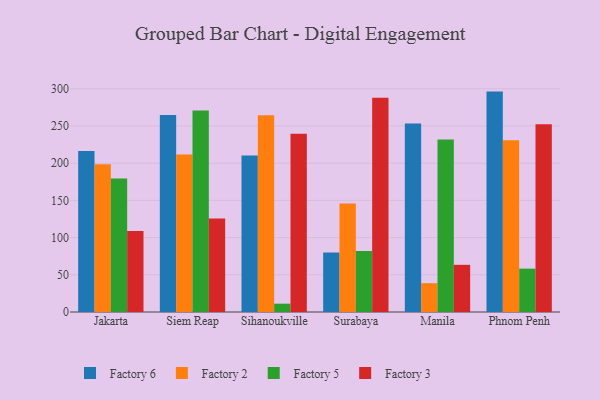
{"axis": {"x": "City", "y": "Energy Usage (MWh)"}, "legend": ["Factory 2", "Factory 3", "Factory 5", "Factory 6"], "data": [{"x": "Jakarta", "y": 216.4, "type": "Factory 6"}, {"x": "Jakarta", "y": 198.5, "type": "Factory 2"}, {"x": "Jakarta", "y": 179.4, "type": "Factory 5"}, {"x": "Jakarta", "y": 108.9, "type": "Factory 3"}, {"x": "Siem Reap", "y": 264.6, "type": "Factory 6"}, {"x": "Siem Reap", "y": 211.7, "type": "Factory 2"}, {"x": "Siem Reap", "y": 270.7, "type": "Factory 5"}, {"x": "Siem Reap", "y": 125.7, "type": "Factory 3"}, {"x": "Sihanoukville", "y": 210.3, "type": "Factory 6"}, {"x": "Sihanoukville", "y": 264.4, "type": "Factory 2"}, {"x": "Sihanoukville", "y": 11.2, "type": "Factory 5"}, {"x": "Sihanoukville", "y": 239.5, "type": "Factory 3"}, {"x": "Surabaya", "y": 79.9, "type": "Factory 6"}, {"x": "Surabaya", "y": 145.7, "type": "Factory 2"}, {"x": "Surabaya", "y": 82.0, "type": "Factory 5"}, {"x": "Surabaya", "y": 288.0, "type": "Factory 3"}, {"x": "Manila", "y": 253.2, "type": "Factory 6"}, {"x": "Manila", "y": 38.7, "type": "Factory 2"}, {"x": "Manila", "y": 231.9, "type": "Factory 5"}, {"x": "Manila", "y": 63.4, "type": "Factory 3"}, {"x": "Phnom Penh", "y": 296.2, "type": "Factory 6"}, {"x": "Phnom Penh", "y": 230.7, "type": "Factory 2"}, {"x": "Phnom Penh", "y": 58.3, "type": "Factory 5"}, {"x": "Phnom Penh", "y": 252.2, "type": "Factory 3"}]}